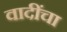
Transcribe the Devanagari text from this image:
वादींचा